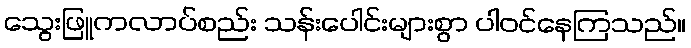
သွေးဖြူကလာပ်စည်း သန်းပေါင်းများစွာ ပါဝင်နေကြသည်။